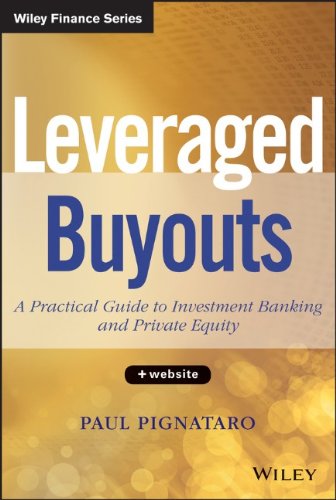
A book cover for Leveraged Buyouts, + Website: A Practical Guide to Investment Banking and Private Equity; Paul Pignataro; Business & Money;